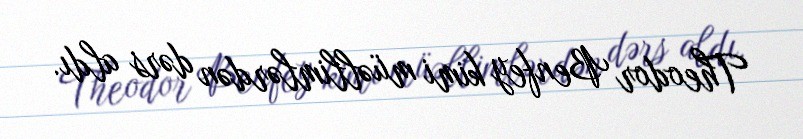
Theodor Benfey kimi müəllimlərdən dərs aldı.